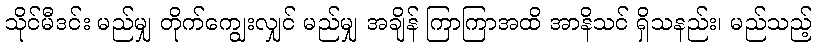
သိုင်မီဒင်း မည်မျှ တိုက်ကျွေးလျှင် မည်မျှ အချိန် ကြာကြာအထိ အာနိသင် ရှိသနည်း၊ မည်သည့်